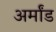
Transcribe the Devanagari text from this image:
अर्मांड